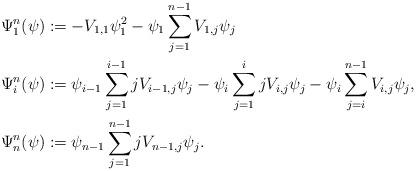
LaTeX: \begin{align*}\Psi^{n}_1(\psi) &:= - V_{1,1}\psi_1^2-\psi_1\sum_{j=1}^{n-1}V_{1,j}\psi_j \\\Psi^{n}_i(\psi) &:=\psi_{i-1}\sum_{j=1}^{i-1}jV_{i-1,j}\psi_j-\psi_i\sum_{j=1}^{i} jV_{i,j}\psi_j-\psi_i\sum_{j=i}^{n-1}V_{i,j}\psi_j , \\\Psi^{n}_n(\psi) &:=\psi_{n-1}\sum_{j=1}^{n-1}jV_{n-1,j}\psi_j. \end{align*}